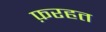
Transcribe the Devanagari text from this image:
फ़रहत